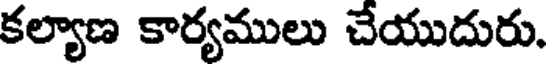
కల్యాణ కార్యములు చేయుదురు.